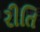
રીતિ